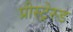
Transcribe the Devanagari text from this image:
प्रीस्ट्रेस्ड